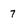
Character: 7